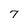
Character: 7